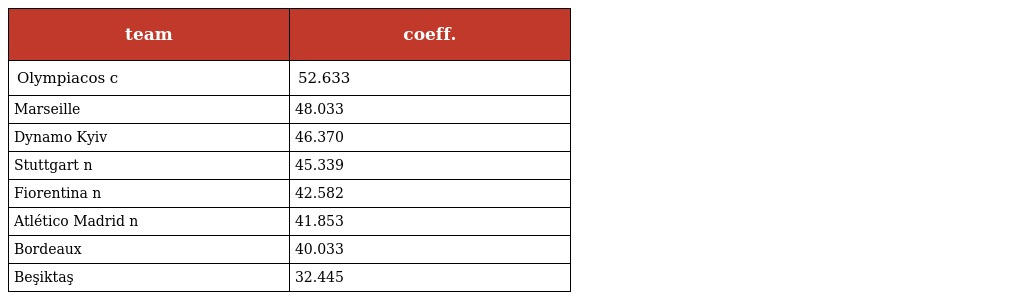
| team | coeff. |
 | --- | --- |
 | Olympiacos c | 52.633 |
 | Marseille | 48.033 |
 | Dynamo Kyiv | 46.370 |
 | Stuttgart n | 45.339 |
 | Fiorentina n | 42.582 |
 | Atlético Madrid n | 41.853 |
 | Bordeaux | 40.033 |
 | Beşiktaş | 32.445 |